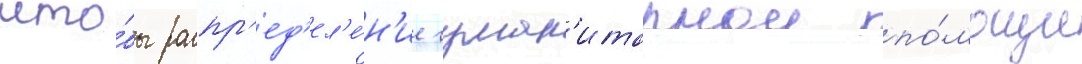
что́бы распр'ед'ел'е́н'ие гуман'итарнои по́мощи